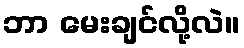
ဘာ မေးချင်လို့လဲ။